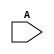
// Code your design here
module Even(
  input [7:0] A
);
  
  
  always @(*) begin
  
    if(A %2 == 0)
      $display(A," is a even number");
  
    else
      $display(A," is not even number");
  
  end

endmodule